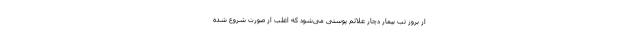
از بروز تب بیمار دچار علائم پوستی می‌شود که اغلب از صورت شروع شده